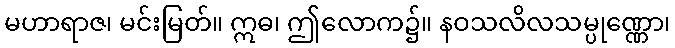
မဟာရာဇ၊ မင်းမြတ်။ ဣဓ၊ ဤလောက၌။ နဝသလိလသမ္ပုဏ္ဏော၊